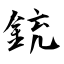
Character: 銃